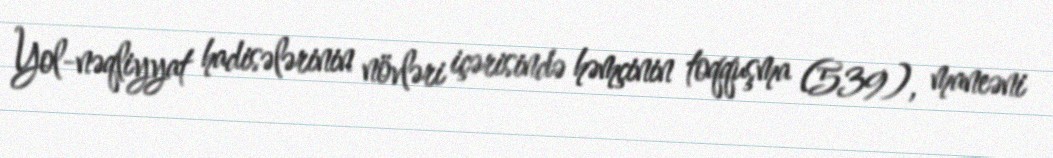
Yol-nəqliyyat hadisələrinin növləri içərisində həmçinin toqquşma (539), maneəni